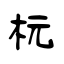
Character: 杬